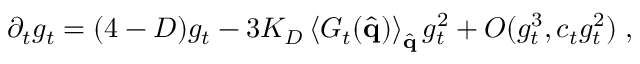
\partial _ { t } g _ { t } = ( 4 - D ) g _ { t } - 3 K _ { D } \left\langle G _ { t } ( \hat { \bf { q } } ) \right\rangle _ { \hat { \bf { q } } } g _ { t } ^ { 2 } + O ( g _ { t } ^ { 3 } , c _ { t } g _ { t } ^ { 2 } ) \; ,